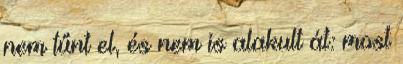
nem tűnt el, és nem is alakult át: most